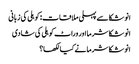
انوشکا سے پہلی ملاقات: کوہلی کی زبانی
انوشکا شرما اور وراٹ کوہلی کی شادی
انوشکا شرما نے کیا لکھا؟